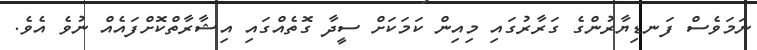
ނަމަވެސް ފަނޑިޔާރުންގެ ގަރާރުގައި މިއިން ކަމަކަށް ސީދާ ގޮތެއްގައި އިޝާރާތްކޮށްފައެއް ނުވެ އެވެ.